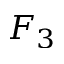
F _ { 3 }